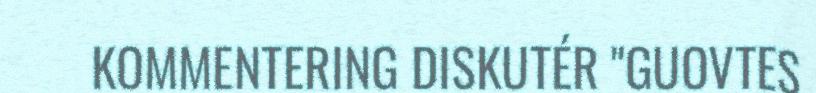
KOMMENTERING DISKUTÉR "GUOVTES